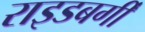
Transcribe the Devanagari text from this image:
राइडबर्गी